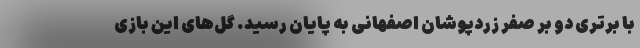
با برتری دو بر صفر زردپوشان اصفهانی به پایان رسید. گل‌های این بازی